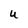
Character: U